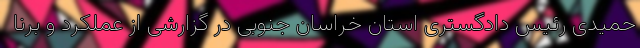
حمیدی رئیس دادگستری استان خراسان جنوبی در گزارشی از عملکرد و برنا